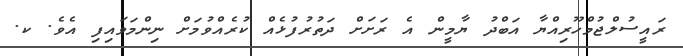
ރައީސުލްޖުމްހޫރިއްޔާ އަބްދު ޔާމީން އެ ރަށަށް ދަތުރުފުޅެއް ކުރެއްވުމަށް ނިންމަވައިފި އެވެ. ކ.